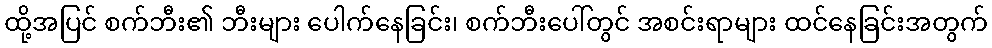
ထို့အပြင် စက်ဘီး၏ ဘီးများ ပေါက်နေခြင်း၊ စက်ဘီးပေါ်တွင် အစင်းရာများ ထင်နေခြင်းအတွက်